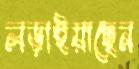
লড়াইয়াছেন